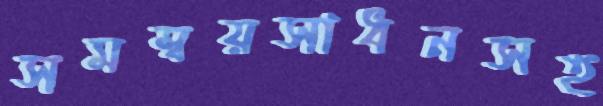
সমম্বয়সাধনসহ